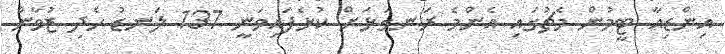
އިންޑިއާ ޓީމުން މެޗުގައި އެންމެ ރަނގަޅަށް ކުޅެފައިވަނީ 137 ލަނޑު ހެދި ޒުވާން